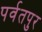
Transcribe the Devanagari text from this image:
पर्वतपुर